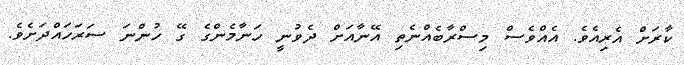
ކާރަށް އެރިއެވެ. އެއްވެސް މިސްރާބެއްނެތި އޭނާއަށް ދެވުނީ ހަނާމެންގެ ގޭ ހުންނަ ސަރަހައްދަށެވެ.